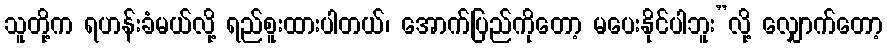
သူတို့က ရဟန်းခံမယ်လို့ ရည်စူးထားပါတယ်၊ အောက်ပြည်ကိုတော့ မပေးနိုင်ပါဘူး”လို့ လျှောက်တော့